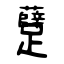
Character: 躠